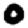
Digit: 0